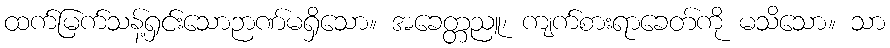
ထက်မြက်သန့်ရှင်းသောဉာဏ်မရှိသော။ အခေတ္တညူ၊ ကျက်စားရာခေတ်ကို မသိသော။ သာ